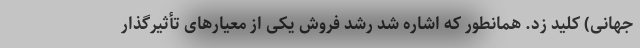
جهانی) کلید زد. همانطور که اشاره شد رشد فروش یکی از معیارهای تأثیرگذار